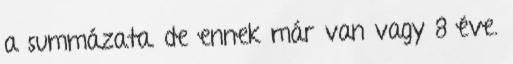
a summázata. de ennek már van vagy 8 éve.